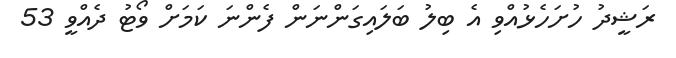
ރަޝީދު ހުށަހެޅުއްވި އެ ބިލު ބަލައިގަންނަން ފެންނަ ކަމަށް ވޯޓު ދެއްވީ 53